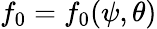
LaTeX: f_{0}=f_{0}(\psi,\theta)